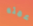
عمته